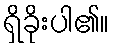
ရှိခိုးပါ၏။